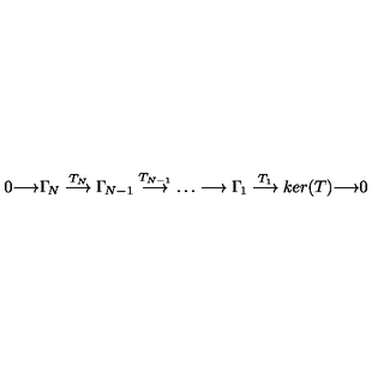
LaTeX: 0 { \longrightarrow } \Gamma _ { \! N } \stackrel { T _ { N } } { \longrightarrow } \Gamma _ { \! N - 1 } \stackrel { T _ { N - 1 } } { \longrightarrow } \dots \longrightarrow \Gamma _ { \! 1 } \stackrel { T _ { 1 } } { \longrightarrow } k e r ( T ) { \longrightarrow } 0